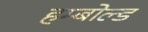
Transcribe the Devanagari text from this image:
हम्बोल्ड